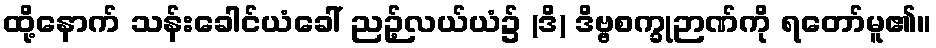
ထို့နောက် သန်းခေါင်ယံခေါ် ညဉ့်လယ်ယံ၌ (ဒိ) ဒိဗ္ဗစက္ခုဉာဏ်ကို ရတော်မူ၏။